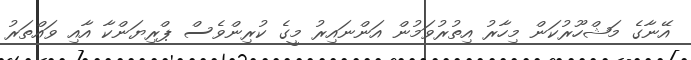
އޭނާގެ މަޝްހޫރުކަން މިހާރު އިތުރުވަމުން އަންނައިރު މީގެ ކުރިންވެސް ޕްރިޔަންކާ އާއި ވައްތަރު